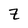
Character: z